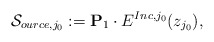
\begin{align*}\mathcal{S}_{ource, j_0}:= {\bf{P}}_{1} \cdot E^{Inc,j_{0}}(z_{j_{0}}),\end{align*}